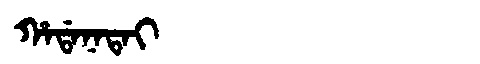
Manchu: ᡥᠠᡩᠠᠨᠠᡨᠠᡳ
Romanization: HADANATAI